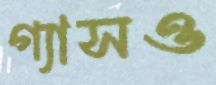
গ্যাসও